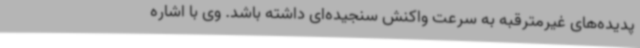
پدیده‌های غیرمترقبه به سرعت واکنش سنجیده‌ای داشته باشد. وی با اشاره